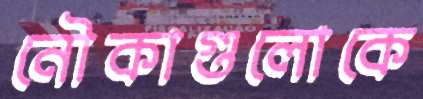
নৌকাগুলোকে